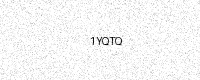
Text: 1YQTQ